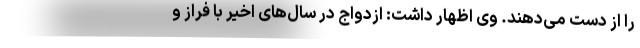
را از دست می‌دهند. وی اظهار داشت: ازدواج در سال‌های اخیر با فراز و